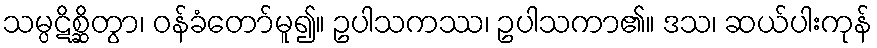
သမ္ပဋိစ္ဆိတွာ၊ ဝန်ခံတော်မူ၍။ ဥပါသကဿ၊ ဥပါသကာ၏။ ဒသ၊ ဆယ်ပါးကုန်